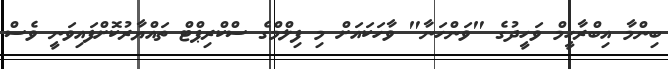
ބިންމާ އިބްރާހީމް ވަހީދުގެ "ވަންހަނާ" ވާހަކައަށް މި ފިލްމްގެ ސްކްރިޕްްޓް ތައްޔާރުކޮށްފައިވަނީ ވެސް